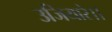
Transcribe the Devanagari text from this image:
उजियारे।।